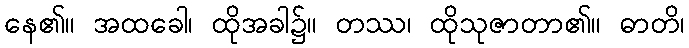
နေ၏။ အထခေါ၊ ထိုအခါ၌။ တဿ၊ ထိုသုဇာတာ၏။ ဓာတိ၊